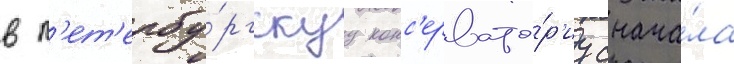
в п'ет'ербу́ргскуу конс'ервато́р'иу снача́ла